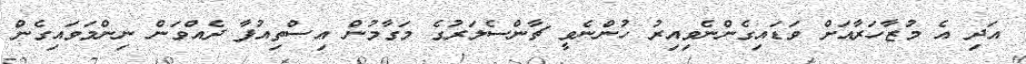
އަދި އެ މުޒާހަރާއަށް ވަޑައިގެންނެވިއިރު ހުންނެވީ ޗާންސެލަރުގެ މަގާމުން އިސްތިއުފާ ދެއްވަން ނިންމަވައިގެން